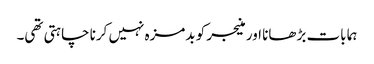
ہما بات بڑھانا اور منیجر کو بدمزہ نہیں کرنا چاہتی تھی۔